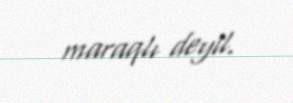
maraqlı deyil.